Leaving Certificate Examination, 1923
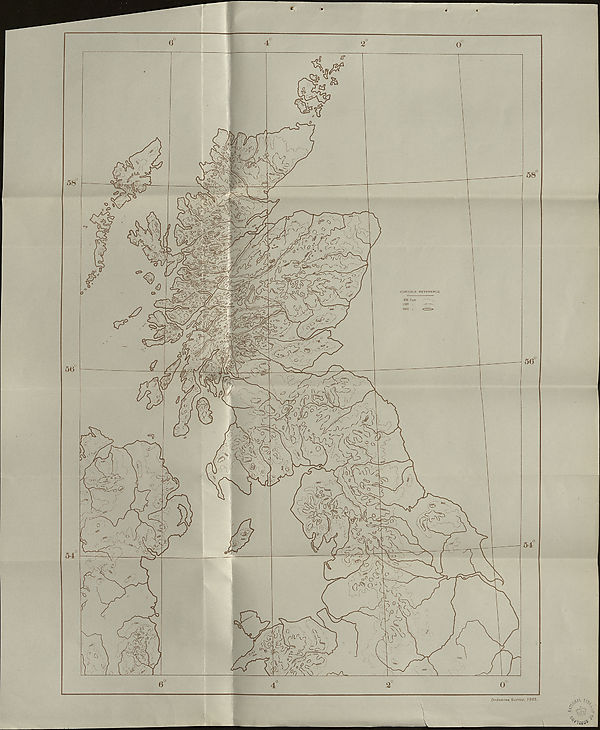
€
Ordnance Survey. 1923.
fi- ,, %
sz ri.A.7 :
^?iO^